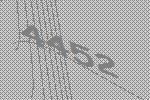
4452